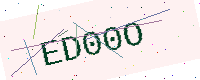
Text: ED00O